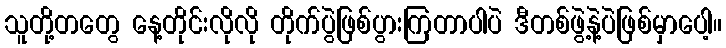
သူတို့တတွေ နေ့တိုင်းလိုလို တိုက်ပွဲဖြစ်ပွားကြတာပါပဲ ဒီတစ်ဖွဲ့နဲ့ပဲဖြစ်မှာပေါ့။